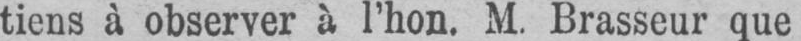
tiens à observer à l’hon. M. Brasseur que